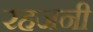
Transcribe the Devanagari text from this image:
रहजनी